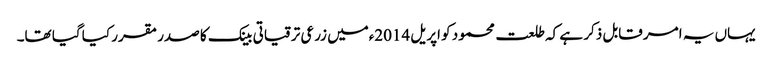
یہاں یہ امر قابل ذکر ہے کہ طلعت محمود کو اپریل 2014ءمیں زرعی ترقیاتی بینک کا صدر مقرر کیا گیا تھا۔